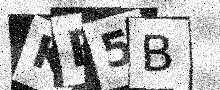
Text: KB5B